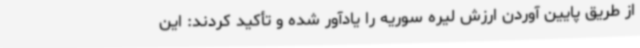
از طریق پایین آوردن ارزش لیره سوریه را یادآور شده و تأکید کردند: این